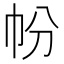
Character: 帉